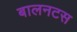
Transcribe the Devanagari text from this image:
बालनटस